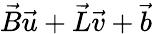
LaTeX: \vec{B}\vec{u}+\vec{L}\vec{v}+\vec{b}